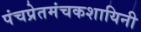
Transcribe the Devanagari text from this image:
पंचप्रेतमंचकशायिनी